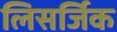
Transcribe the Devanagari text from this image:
लिसर्जिक